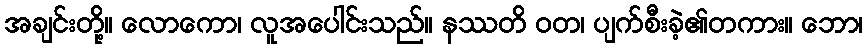
အချင်းတို့။ လောကော၊ လူအပေါင်းသည်။ နဿတိ ဝတ၊ ပျက်စီးခဲ့၏တကား။ ဘော၊